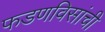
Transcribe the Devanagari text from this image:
फडणविसांची